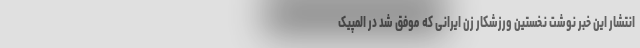
انتشار این خبر نوشت نخستین ورزشکار زن ایرانی که موفق شد در المپیک